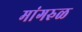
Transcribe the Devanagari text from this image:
मांगरुळ